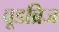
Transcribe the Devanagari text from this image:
वूडब्रिज